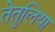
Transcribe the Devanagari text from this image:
तेतुलिया